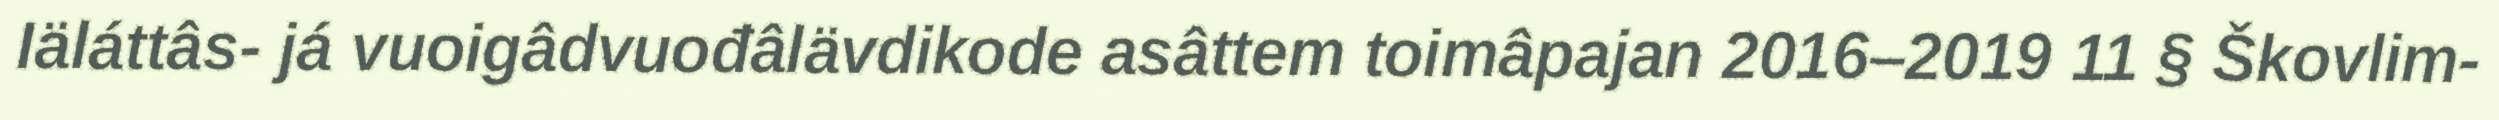
Iäláttâs- já vuoigâdvuođâlävdikode asâttem toimâpajan 2016–2019 11 § Škovlim-